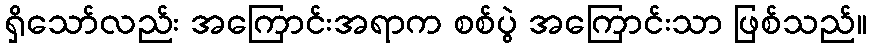
ရှိသော်လည်း အကြောင်းအရာက စစ်ပွဲ အကြောင်းသာ ဖြစ်သည်။